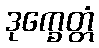
ဒုက္ခေတ္တံ